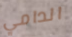
الدامي